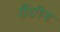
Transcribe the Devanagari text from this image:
ग्रैंग्रीन